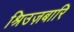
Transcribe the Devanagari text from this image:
श्रिउज़बारि